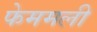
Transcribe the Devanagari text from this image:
फेममली